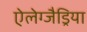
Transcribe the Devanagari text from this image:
ऐलेग्जैड्रिया